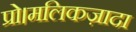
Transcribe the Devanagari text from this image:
प्रो।मलिकज़ादा